Lock hospitals Punjab
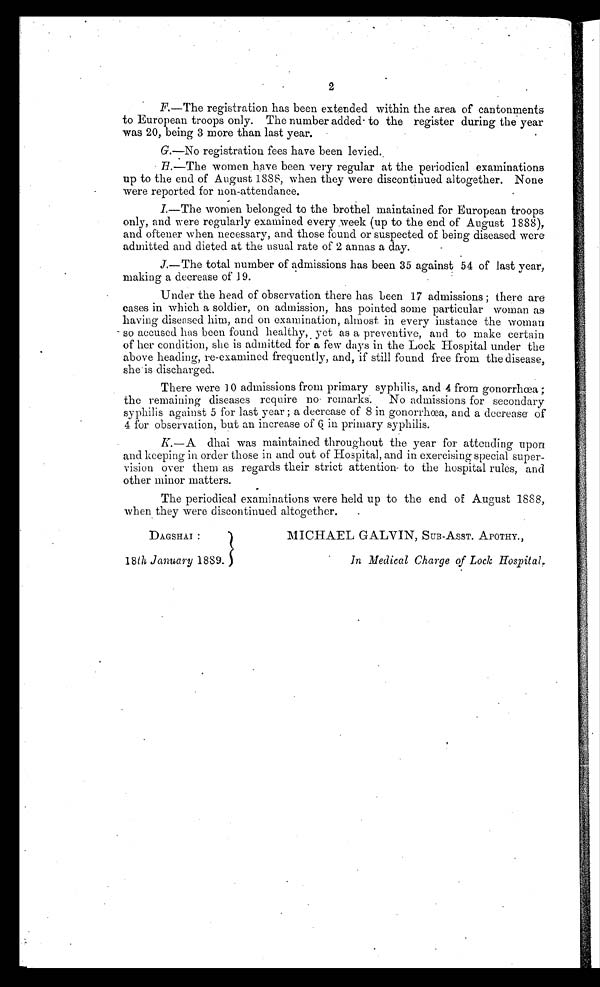
2
F .—The registration has been extended within the area of cantonments
to European troops only. The number added to the register during the year
was 20, being 3 more than last year.
G.—No registration fees have been levied.
H . — T h e w o m e n h a v e b e e n v e r y r e g u l a r a t t h e p e r i o d i c a l e x a m i n a t i o n s
up to the end of August 1888, when they were discontinued altogether. None
were reported for non-attendance.
I.—The women belonged to the brothel maintained for European troops
only, and were regularly examined every week (up to the end of August 1888),
and oftener when necessary, and those found or suspected of being diseased were
admitted and dieted at the usual rate of 2 annas a day.
J.—The total number of admissions has been 35 against 54 of last year,
making a decrease of 19.
Under the head of observation there has been 17 admissions ; there are
cases in which a soldier, on admission, has pointed some particular woman as
having diseased him, and on examination, almost in every instance the woman
so accused has been found healthy, yet as a preventive, and to make certain
of her condition, she is admitted for a few days in the Lock Hospital under the
above heading, re-examined frequently, and, if still found free from the disease,
she is discharged.
There were 10 admissions from primary syphilis, and 4 from gonorrhœa ;
the remaining diseases require no remarks. No admissions for secondary
syphilis against 5 for last year ; a decrease of 8 in gonorrhœa, and a decrease of
4 for observation, but an increase of 6 in primary syphilis.
K.—A dhai was maintained throughout the year for attending upon
and keeping in order those in and out of Hospital, and in exercising special super-
vision over them as regards their strict attention to the hospital rules, and
other minor matters.
The periodical examinations were held up to the end of August 1888,
when they were discontinued altogether.
.
DAGSHAI :
MICHAEL GALVIN, SUB-ASST. APOTHY.,
18 th January 1889.
In Medical Charge of Lock Hospital.